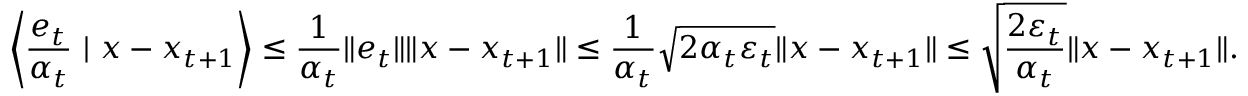
\left\langle \frac { e _ { t } } { \alpha _ { t } } \ | \ x - x _ { t + 1 } \right\rangle \leq \frac { 1 } { \alpha _ { t } } \| e _ { t } \| \| x - x _ { t + 1 } \| \leq \frac { 1 } { \alpha _ { t } } \sqrt { 2 \alpha _ { t } \varepsilon _ { t } } \| x - x _ { t + 1 } \| \leq \sqrt { \frac { 2 \varepsilon _ { t } } { \alpha _ { t } } } \| x - x _ { t + 1 } \| .